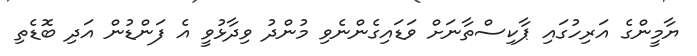
ޔާމީންގެ އަރިހުގައި ޕާކިސްތާނަށް ވަޑައިގެންނެވި މުންދު ވިދާޅުވީ އެ ފަންޑުން އަދި ބޮޑެތި